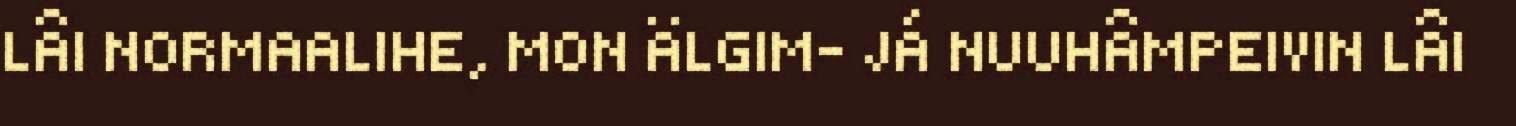
LÂI NORMAALIHE, MON ÄLGIM- JÁ NUUHÂMPEIVIN LÂI